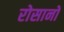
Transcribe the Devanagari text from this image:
रोसानो